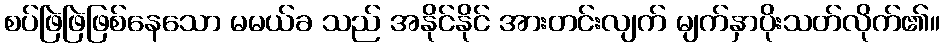
စပ်ဖြဲဖြဲဖြစ်နေသော မမယ်ခ သည် အနိုင်နိုင် အားတင်းလျက် မျက်နှာပိုးသတ်လိုက်၏။